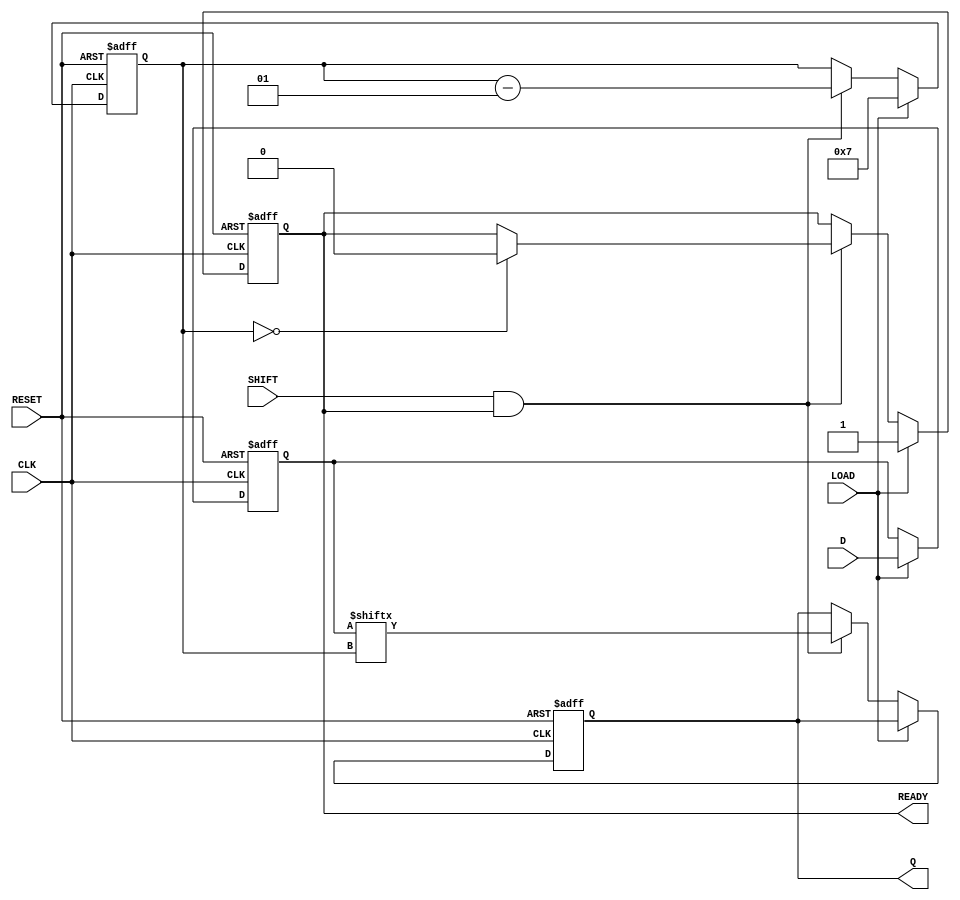
module PISO_Register #(
    parameter WIDTH = 8  // Define the width of the data input
)(
    input wire [WIDTH-1:0] D,      // Parallel data input
    input wire LOAD,                // Load control signal
    input wire CLK,                 // Clock signal
    input wire SHIFT,               // Shift control signal
    input wire RESET,               // Asynchronous reset signal
    output reg Q,                   // Serial output
    output reg READY                // Data ready signal
);

    reg [WIDTH-1:0] shift_reg;      // Shift register to hold the data
    integer count;                  // Counter for shifting bits

    // Asynchronous reset and loading data
    always @(posedge CLK or posedge RESET) begin
        if (RESET) begin
            shift_reg <= 0;          // Clear the shift register
            Q <= 0;                  // Clear the serial output
            READY <= 0;              // Clear the data ready signal
            count <= 0;              // Reset the counter
        end else if (LOAD) begin
            shift_reg <= D;          // Load data into the shift register
            READY <= 1;              // Assert data ready signal
            count <= WIDTH - 1;      // Set counter to the highest bit index
        end else if (SHIFT && READY) begin
            Q <= shift_reg[count];   // Shift out the current MSB
            count <= count - 1;      // Decrement the counter
            if (count == 0) begin
                READY <= 0;          // Deactivate ready signal when done
            end
        end
    end

endmodule